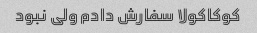
کوکاکولا سفارش دادم ولی نبود